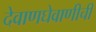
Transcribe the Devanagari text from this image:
देवाणघेवाणीची